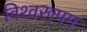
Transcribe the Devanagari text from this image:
विश्‍वरूपम